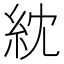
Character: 紞